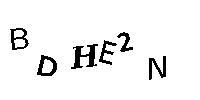
BDHE2N